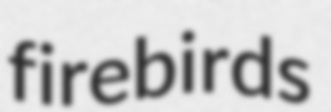
firebirds